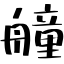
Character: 艟